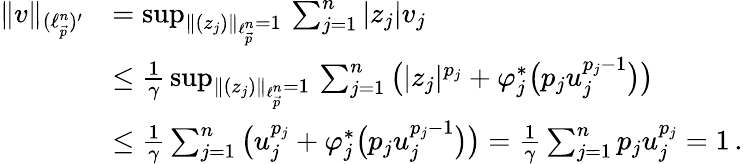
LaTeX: \begin{array}{rl}{\| v\| _{(\ell_{\vec{p}}^{n})^{\prime}}}&{=\operatorname*{sup}_{\| (z_{j})\| _{\ell_{\vec{p}}^{n}}=1}\, \sum_{j=1}^{n}|z_{j}|v_{j}}\\ &{\leq\frac{1}{\gamma}\, \operatorname*{sup}_{\| (z_{j})\| _{\ell_{\vec{p}}^{n}}=1}\, \sum_{j=1}^{n}\big(|z_{j}|^{p_{j}}+\varphi_{j}^{*}\big(p_{j}u_{j}^{p_{j}-1}\big)\big)}\\ &{\leq\frac{1}{\gamma}\sum_{j=1}^{n}\big(u_{j}^{p_{j}}+\varphi_{j}^{*}\big(p_{j}u_{j}^{p_{j}-1}\big)\big)=\frac{1}{\gamma}\sum_{j=1}^{n}p_{j}u_{j}^{p_{j}}=1\, .}\end{array}